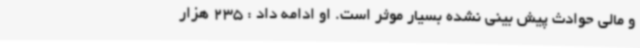
و مالی حوادث پیش بینی نشده بسیار موثر است. او ادامه داد : 235 هزار